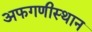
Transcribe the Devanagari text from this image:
अफगणीस्थान